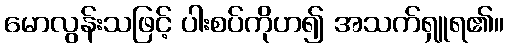
မောလွန်းသဖြင့် ပါးစပ်ကိုဟ၍ အသက်ရှူရ၏။